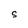
Character: S